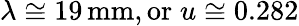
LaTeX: \lambda\cong 19\, \mathrm{mm},\mathrm{or}\; u\cong 0.282